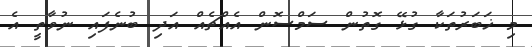
މި ޚަބަރުތަކާ ގުޅޭ ގޮތުން ސަމްސޮން އެއްޗެއް އަދި ބުނެފައި ނުވާތީ އެ